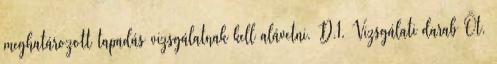
meghatározott tapadás vizsgálatnak kell alávetni. D.1. Vizsgálati darab Öt,